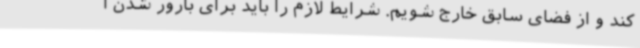
کند و از فضای سابق خارج شویم. شرایط لازم را باید برای بارور شدن ا